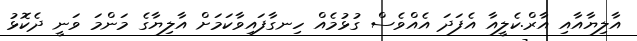
އާލިޔާއާއި އާރް.ކެލީއާ އެފަދަ އެއްވެސް ގުޅުމެއް ހިނގާފައިވާކަމަށް އާލިޔާގެ މަންމަ ވަނީ ދެކޮޅު